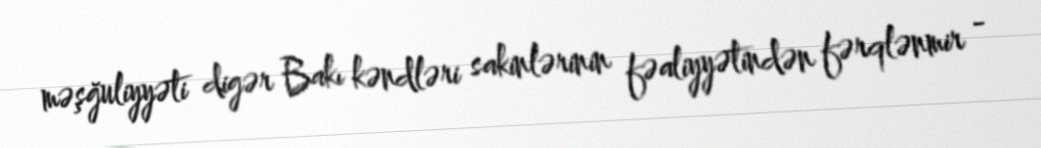
məşğuliyyəti digər Bakı kəndləri sakinlərinin fəaliyyətindən fərqlənmir -